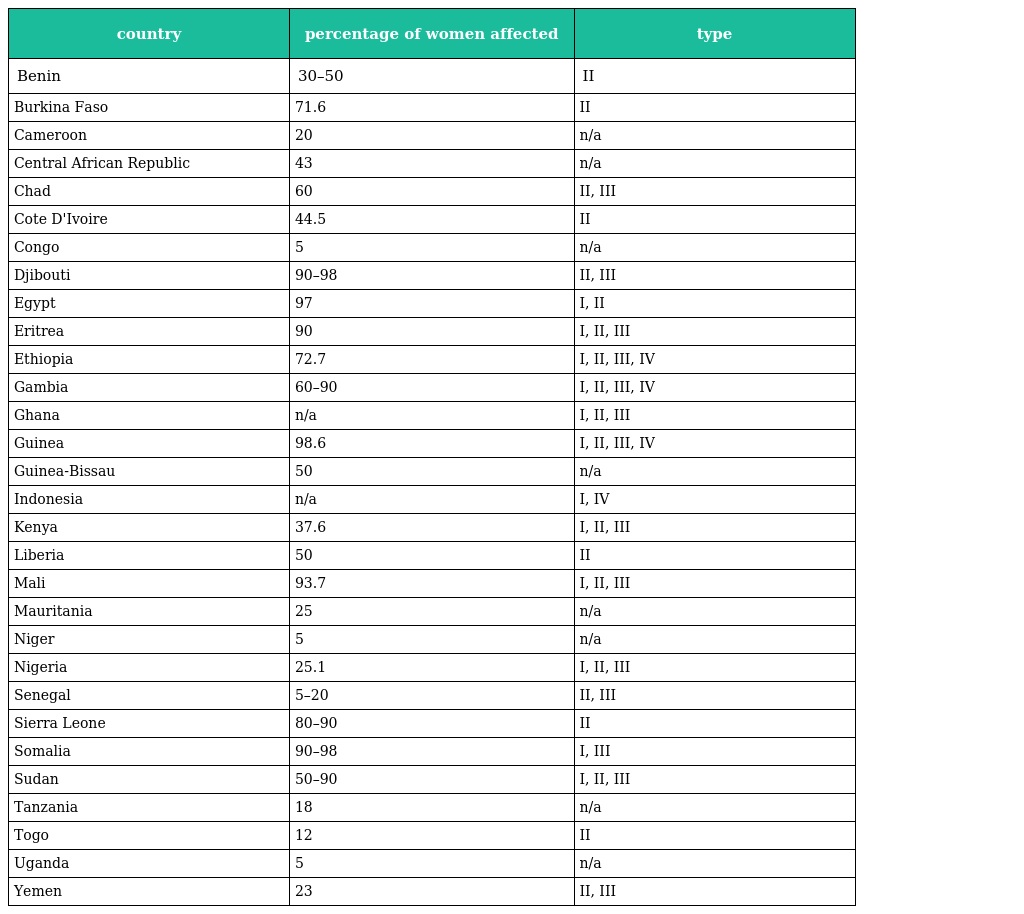
| country | percentage of women affected | type |
 | --- | --- | --- |
 | Benin | 30–50 | II |
 | Burkina Faso | 71.6 | II |
 | Cameroon | 20 | n/a |
 | Central African Republic | 43 | n/a |
 | Chad | 60 | II, III |
 | Cote D'Ivoire | 44.5 | II |
 | Congo | 5 | n/a |
 | Djibouti | 90–98 | II, III |
 | Egypt | 97 | I, II |
 | Eritrea | 90 | I, II, III |
 | Ethiopia | 72.7 | I, II, III, IV |
 | Gambia | 60–90 | I, II, III, IV |
 | Ghana | n/a | I, II, III |
 | Guinea | 98.6 | I, II, III, IV |
 | Guinea-Bissau | 50 | n/a |
 | Indonesia | n/a | I, IV |
 | Kenya | 37.6 | I, II, III |
 | Liberia | 50 | II |
 | Mali | 93.7 | I, II, III |
 | Mauritania | 25 | n/a |
 | Niger | 5 | n/a |
 | Nigeria | 25.1 | I, II, III |
 | Senegal | 5–20 | II, III |
 | Sierra Leone | 80–90 | II |
 | Somalia | 90–98 | I, III |
 | Sudan | 50–90 | I, II, III |
 | Tanzania | 18 | n/a |
 | Togo | 12 | II |
 | Uganda | 5 | n/a |
 | Yemen | 23 | II, III |